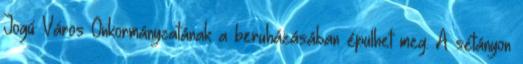
Jogú Város Önkormányzatának a beruházásában épülhet meg. A sétányon